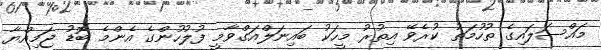
މައްސަލައިގެ ތުހުމަތު ކުރެވޭ އިތުރު މީހަކު ބައިނަލްއަގްވާމީ ފުލުހުންގެ އެންމެ ބޮޑު ޖަމިއްޔާ